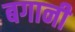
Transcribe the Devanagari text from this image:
बगानी